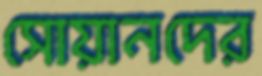
সোয়ানদের